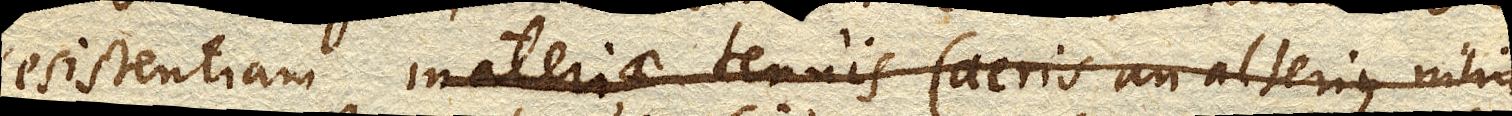
resistentiam materiae tenuis (aeris an alterius nihil